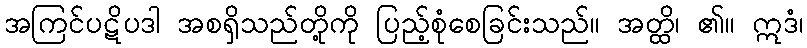
အကြင်ပဋိပဒါ အစရှိသည်တို့ကို ပြည့်စုံစေခြင်းသည်။ အတ္ထိ၊ ၏။ ဣဒံ၊